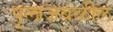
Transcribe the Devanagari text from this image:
पुलाजवळील